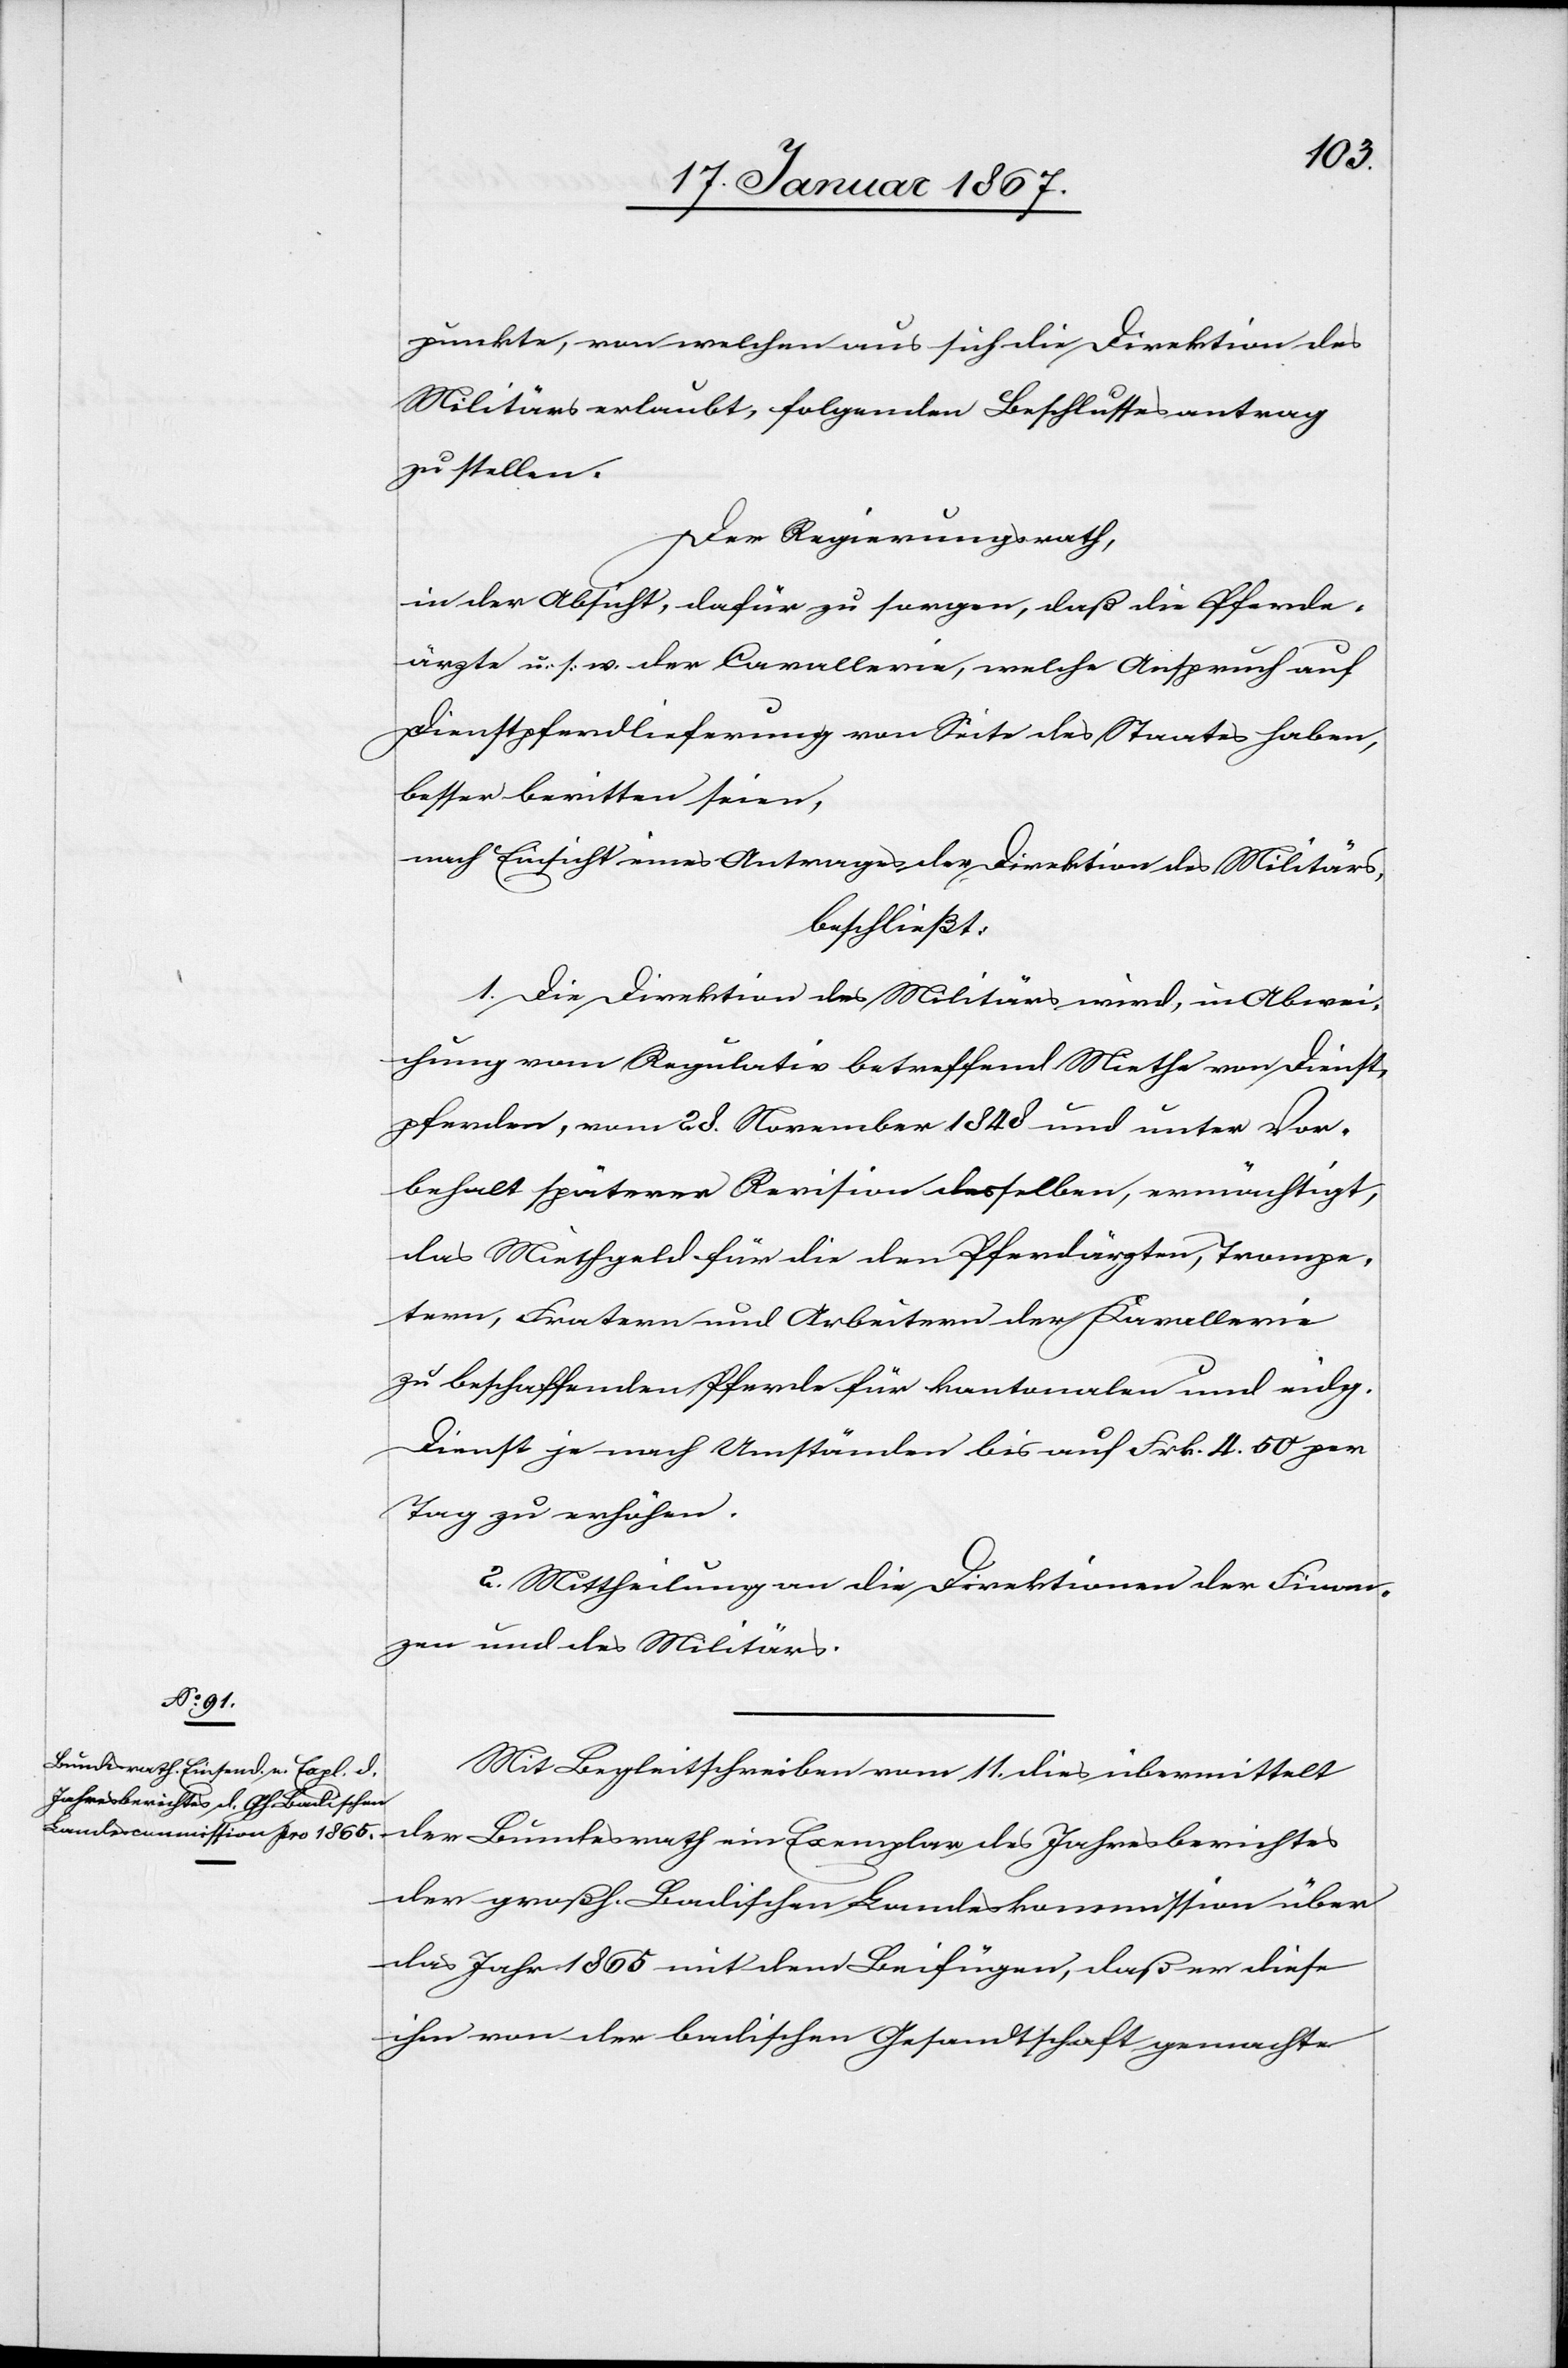
punkte, von welchen aus sich die Direktion des
Militärs erlaubt, folgenden Beschlussesantrag
zu stellen.
Der Regierungsrath,
in der Absicht, dafür zu Sorgen, daß die Pferde¬
ärzte u. s. w. der Cavallerie, welche Anspruch auf
Dienstpferdlieferung von Seite des Staates haben,
besser beritten seien,
nach Einsicht eines Antrages der Direktion des Militärs,
beschließt:
1. Die Direktion des Militärs wird, in Abwei¬
chung vom Regulativ betreffend Miethe von Dienst¬
pferden, vom 28. November 1848 und unter Vor¬
behalt späterer Revision desselben, ermächtigt,
das Miethgeld für die den Pferdärzten, Trompe¬
tern, Fratern und Arbeitern der Kavallerie
zu beschaffenden Pferde für kantonalen und eidg.
Dienst je nach Umständen bis auf Frk. 4.50 per
Tag zu erhöhen.
2. Mittheilung an die Direktionen der Finan¬
zen und des Militärs.
Mit Begleitschreiben vom 11. dies übermittelt
der Bundesrath ein Exemplar des Jahresberichtes
der großh. Badischen Landeskommission über
das Jahr 1865 mit dem Beifügen, daß er diese
ihm von der badischen Gesandtschaft gemachte